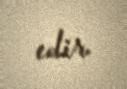
edir.